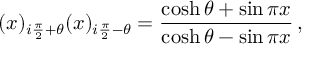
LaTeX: ( x ) _ { i \frac { \pi } { 2 } + \theta } ( x ) _ { i \frac { \pi } { 2 } - \theta } = \frac { \cosh \theta + \sin \pi x } { \cosh \theta - \sin \pi x } \, ,